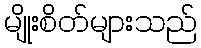
မျိုးစိတ်များသည်